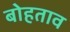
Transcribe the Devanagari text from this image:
बोहताव